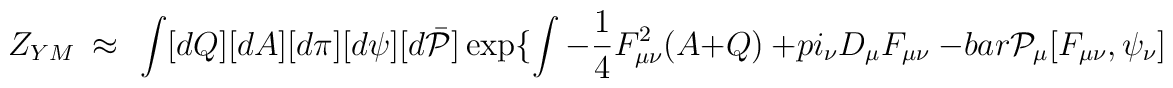
Z_{YM} ~\approx~ \int [dQ][dA][d\pi][d\psi][d\bar{\cal P}]\exp \{ \int - \frac{1}{4}  F_{\mu\nu}^2(A+Q) \ + \\pi_\nu D_\mu F_{\mu\nu} \ - \\bar{\cal P}_\mu [ F_{\mu\nu} , \psi_\nu ]